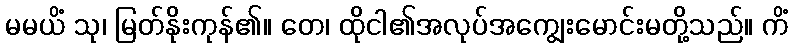
မမယိံ သု၊ မြတ်နိုးကုန်၏။ တေ၊ ထိုငါ၏အလုပ်အကျွေးမောင်းမတို့သည်။ ကိံ